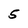
Character: 5